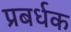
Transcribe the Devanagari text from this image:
प्रबर्धक